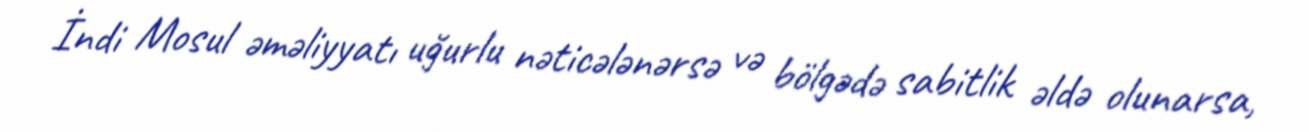
İndi Mosul əməliyyatı uğurlu nəticələnərsə və bölgədə sabitlik əldə olunarsa,